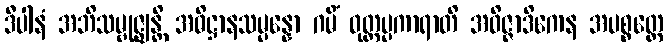
ဒီပါနံ အဘိသမ္ဗုဇ္ဈန္တိ အဓိဋ္ဌာနသမ္ပန္နော ဂမိံ ဝုတ္တပ္ပကာရာတိ အဝိဇ္ဇာဒိကေန အပစ္စတ္ထေ